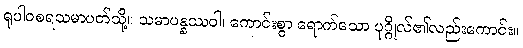
ရူပါဝစရသမာပတ်သို့။ သမာပန္နဿဝါ၊ ကောင်းစွာ ရောက်သော ပုဂ္ဂိုလ်၏လည်းကောင်း။